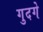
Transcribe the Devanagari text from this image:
गुदगे